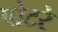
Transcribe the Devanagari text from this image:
पोटरे